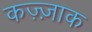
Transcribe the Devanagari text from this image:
कज़्ज़ाक